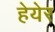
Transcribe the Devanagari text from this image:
हेयेर